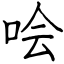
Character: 哙